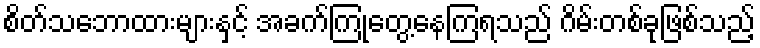
စိတ်သဘောထားများနှင့် အခက်ကြုံတွေ့နေကြရသည် ဂိမ်းတစ်ခုဖြစ်သည့်